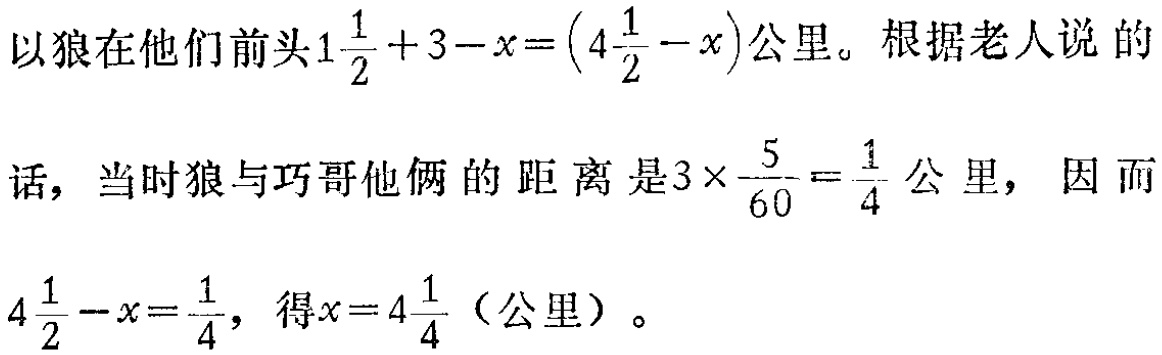
以狼在他们前头\(1\frac{1}{2}+3 - x=(4\frac{1}{2}-x)\)公里。根据老人说的

话，当时狼与巧哥他俩的距离是\(3\times\frac{5}{60}=\frac{1}{4}\)公里，因而

\(4\frac{1}{2}-x=\frac{1}{4}\)，得\(x = 4\frac{1}{4}\)（公里）。